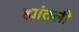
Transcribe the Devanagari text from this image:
ह्यांतली